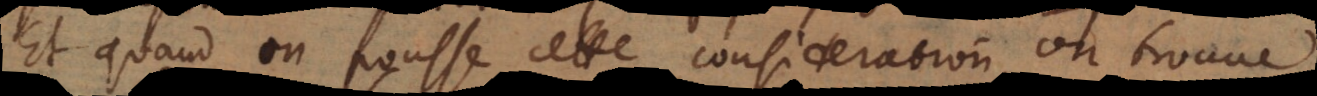
Et quand on pousse cette consideration, on trouve